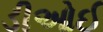
ડીઓઈ